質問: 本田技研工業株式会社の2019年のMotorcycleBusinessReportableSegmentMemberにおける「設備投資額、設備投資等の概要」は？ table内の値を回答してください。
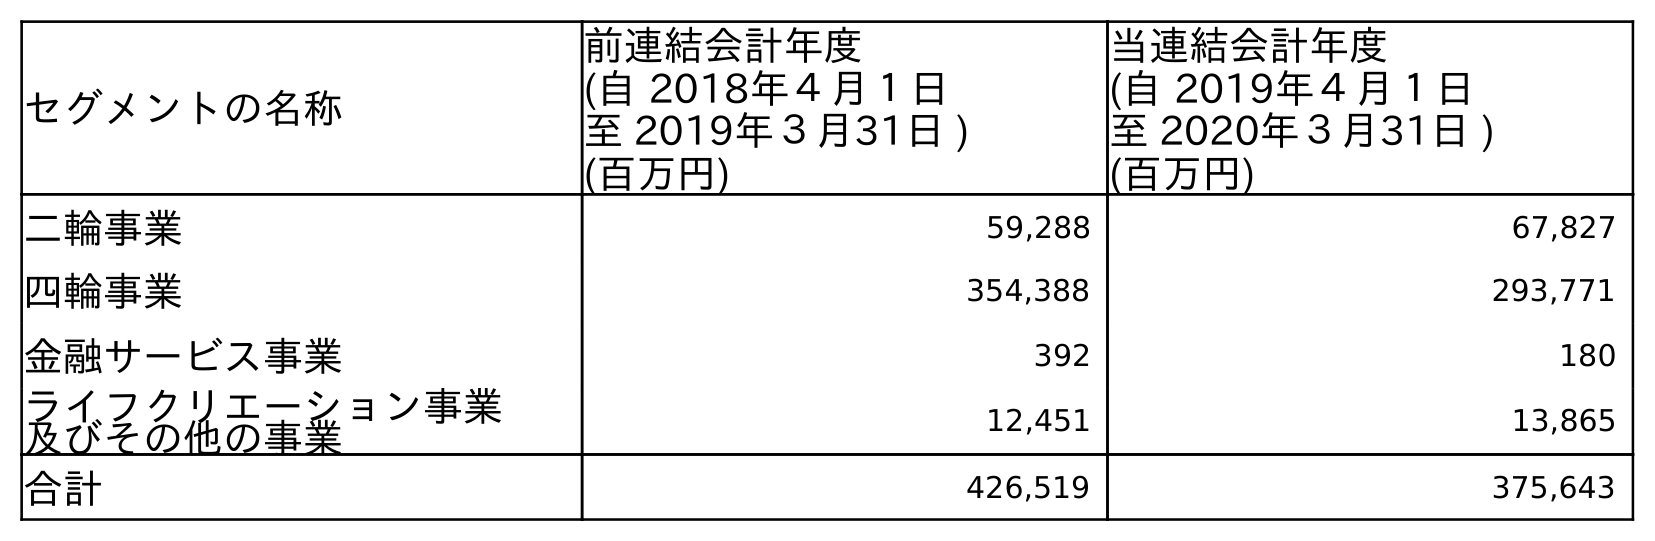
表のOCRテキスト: セグメントの名称 前連結会計年度 (自 2018年４月１日 至 2019年３月31日 ) (百万円) 当連結会計年度 (自 2019年４月１日 至 2020年３月31日 ) (百万円) 二輪事業 59,288 67,827 四輪事業 354,388 293,771 金融サービス事業 392 180 ライフクリエーション事業 及びその他の事業 12,451 13,865 合計 426,519 375,643
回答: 59,288